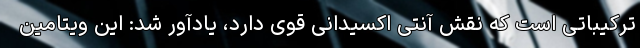
ترکیباتی است که نقش آنتی اکسیدانی قوی دارد، یادآور شد: این ویتامین